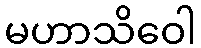
မဟာသိဝေါ